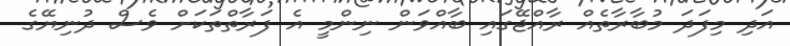
އަދި މިފަދަ މުބާރާތެއް ރާއްޖޭގައި ބާއްވަން ނިންމީ އެ ފަރާތްތަކަށް ވެސް ދުނިޔޭގެ